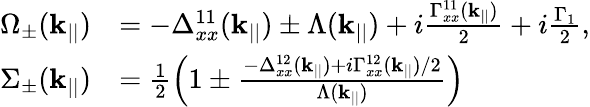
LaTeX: \begin{array}{rl}{\Omega_{\pm}(\mathbf{k}_{||})}&{=-\Delta_{xx}^{11}(\mathbf{k}_{||})\pm\Lambda(\mathbf{k}_{||})+i\frac{\Gamma_{xx}^{11}(\mathbf{k}_{||})}{2}+i\frac{\Gamma_{1}}{2},}\\ {\Sigma_{\pm}(\mathbf{k}_{||})}&{=\frac{1}{2}\left(1\pm\frac{-\Delta_{xx}^{12}(\mathbf{k}_{||})+i\Gamma_{xx}^{12}(\mathbf{k}_{||})/2}{\Lambda(\mathbf{k}_{||})}\right)}\end{array}